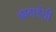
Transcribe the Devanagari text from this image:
बागडेंची